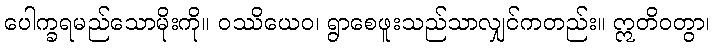
ပေါက္ခရမည်သောမိုးကို။ ဝဿိယေဝ၊ ရွာစေဖူးသည်သာလျှင်ကတည်း။ ဣတိဝတွာ၊